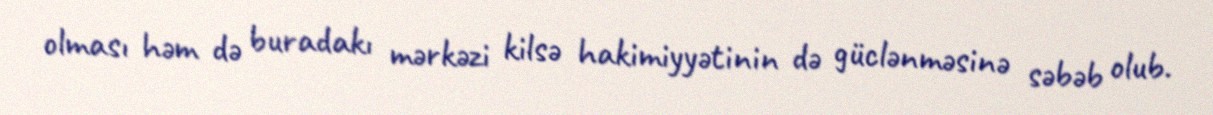
olması həm də buradakı mərkəzi kilsə hakimiyyətinin də güclənməsinə səbəb olub.